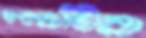
খবরটির